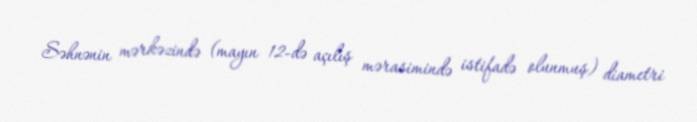
Səhnənin mərkəzində (mayın 12-də açılış mərasimində istifadə olunmuş) diametri